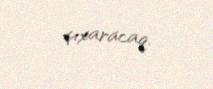
çıxaracaq.